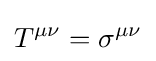
T^{\mu \nu }=\sigma ^{\mu \nu }